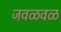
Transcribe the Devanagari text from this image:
जवळवळ